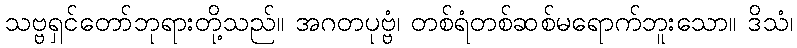
သဗ္ဗရှင်တော်ဘုရားတို့သည်။ အဂတပုဗ္ဗံ၊ တစ်ရံတစ်ဆစ်မရောက်ဘူးသော။ ဒိသံ၊